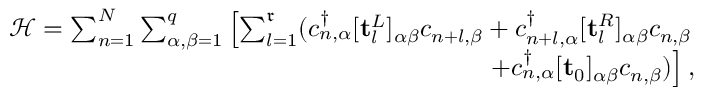
\begin{array} { r l r } & { } & { \mathcal { H } = \sum _ { n = 1 } ^ { N } \sum _ { \alpha , \beta = 1 } ^ { q } \left[ \sum _ { l = 1 } ^ { \mathfrak { r } } ( c _ { n , \alpha } ^ { \dagger } [ \mathbf { t } _ { l } ^ { L } ] _ { \alpha \beta } c _ { n + l , \beta } + c _ { n + l , \alpha } ^ { \dagger } [ \mathbf { t } _ { l } ^ { R } ] _ { \alpha \beta } c _ { n , \beta } \right. } \\ & { } & { \left. ~ ~ ~ ~ ~ ~ ~ ~ ~ ~ ~ ~ ~ ~ ~ ~ ~ ~ ~ + c _ { n , \alpha } ^ { \dagger } [ \mathbf { t } _ { 0 } ] _ { \alpha \beta } c _ { n , \beta } ) \right] , } \end{array}